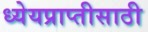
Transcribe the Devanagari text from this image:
ध्येयप्राप्तीसाठी